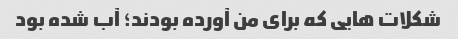
شکلات هایی که برای من آورده بودند؛ آب شده بود